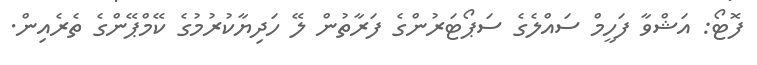
ފޮޓޯ: އަޝްވާ ފަހީމް ސައްލެގެ ސަޕޯޓަރުންގެ ފަރާތުން ލޭ ހަދިޔާކުރުމުގެ ކޭމްޕޭންގެ ތެރެއިން.